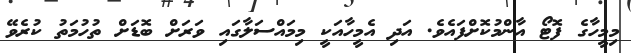
މިމީހާގެ ފޮޓޯ އާންމުކޮށްފައެވެ. އަދި އެމީހާއަކީ މިމައްސަލާގައި ވަރަށް ބޮޑަށް ތުހުމަތު ކުރެވޭ